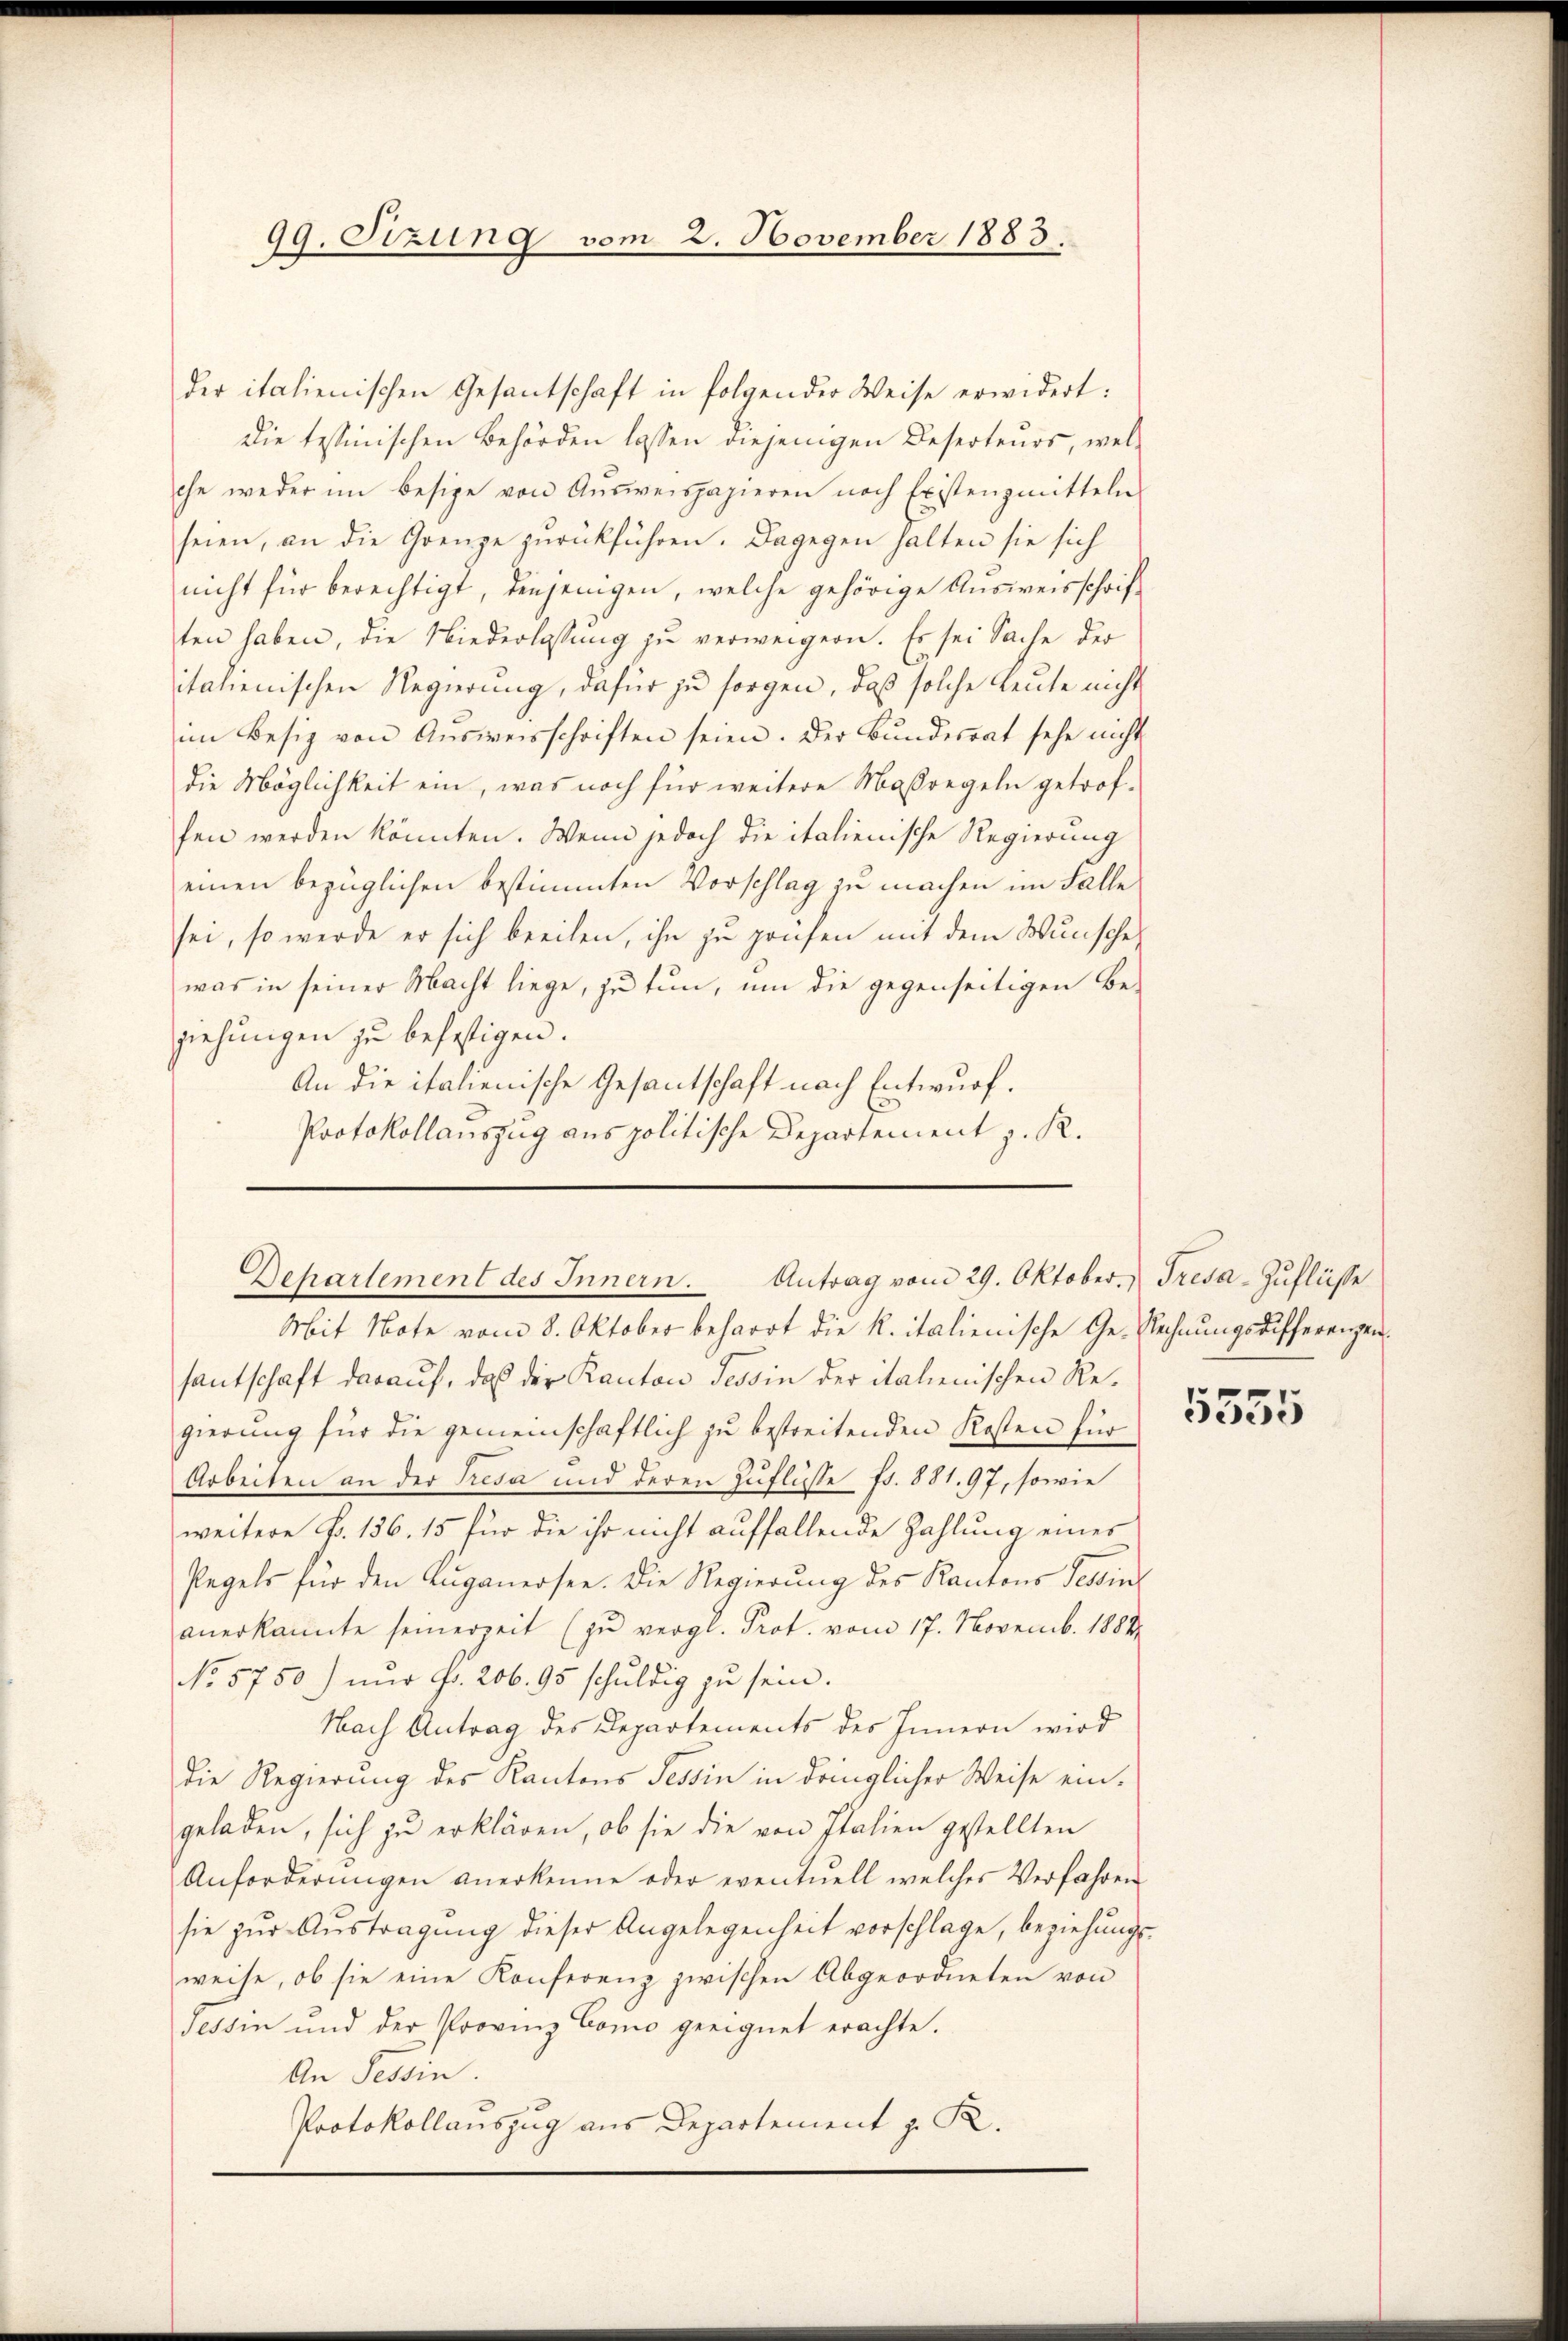
19. Sizung vom 2. November 1883.
.

der italienischen Gesantschaft in folgender Weise erwidert:
die tessinischen Behörden lassen diejenigen Deserteurs, welche weder im Besige von Aŭsweispapieren nach Existenzmitteln
seien, an die Grenze zurückführen. Dagegen halten sie sich
nicht für berechtigt, denjenigen, welche gehörige Ausweisschrift
ten haben, die Niederlassŭng zŭ verweigern. Es sei Sache der
italienischen Regierung, dafür zu sorgen, daß solche Leute nicht
im Besiz von Aŭsweisschriften seien. Der Bŭndesrat sehe nicht
die Möglichkeit ein, was noch für weitere Maßregeln getroffen werden könnten. Wenn jedoch die italienische Regierung
einen bezüglichen bestimmten Vorschlag zu machen im Falle
sei, so werde er sich beeilen, ihn zu prüfen mit dem Wunsche,
was in seiner Macht liege, zu tun, um die gegenseitigen Be-
ziehungen zu befestigen.
An die italienische Gesantschaft nach Entwurf.
Protokollauszug aus politische Departement z. R.
Mit Note vom 8. Oktober beharrt die K. italienische Ge- Rechnungsdifferenzensantschaft darauf, daß der Kanton Tessin der italienischen Regierung für die gemeinschaftlich zu bestreitenden Kosten für
Arbeiten an der Tresa und deren Zuflüsse Fr. 881. 97, sowie
weitere Fr. 136. 15 für die ihr nicht auffallende Zahlung einer
Pegels für den Luganersee. Die Regierŭng des Kantons Tessin
anerkannte seinerzeit (zŭ vergl. Prot. vom 17. Novemb. 1882
No 5750) nur fr. 206. 95 schuldig zu sein.
Nach Antrag des Departements des Innern wird
Die Regierung des Kantons Tessin in dringlicher Weise eingeladen, sich zu erklären, ob sie die von Italien gestellten
Anforderŭngen anerkenne oder eventuell welches Verfahren
sie zur Austragung dieser Angelegenheit vorschlage, beziehungs-
weise, ob sie eine Konferenz zwischen Abgeordneten von
Tessin und der Provinz Como geeignet erachte.
An Tessin.
Protokollauszug aus Departement z. R.

Departement des Innern. Antrag vom 29. Oktober. Tresa-Zuflüsse

5555